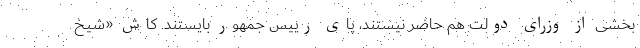
بخشی از وزرای دولت هم حاضر نیستند، پای رییس جمهور بایستند. کاش «شیخ